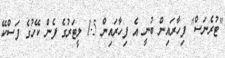
"ޓުރެނަސް" ފިހާރައިން ބުނީ އެ ފިހާރައިން 1.5 ލީޓަރުގެ ފެން ކޭހުގެ ފަސްކޭ